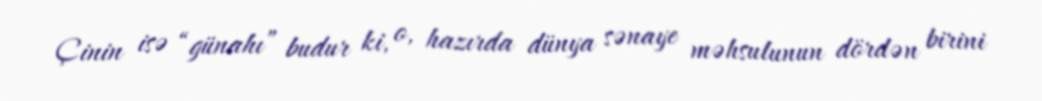
Çinin isə “günahı” budur ki, o, hazırda dünya sənaye məhsulunun dördən birini